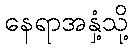
နေရာအနှံ့သို့